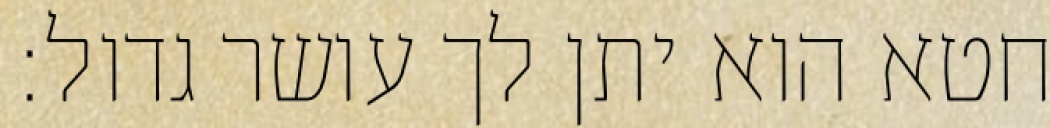
חטא הוא יתן לך עושר גדול: